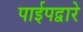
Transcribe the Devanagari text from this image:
पाईपद्वारे